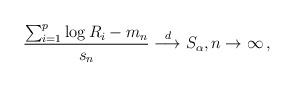
LaTeX: \begin{align*}\frac{\sum_{i=1}^p\log R_i- m_n}{s_n} \overset{d}{\longrightarrow} S_\alpha,n\to\infty\,,\end{align*}